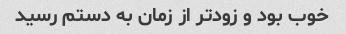
خوب بود و زودتر از زمان به دستم رسید